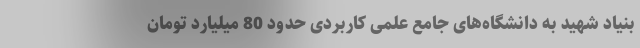
بنیاد شهید به دانشگاه‌های جامع علمی کاربردی حدود 80 میلیارد تومان